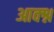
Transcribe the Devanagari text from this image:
आक्श्न